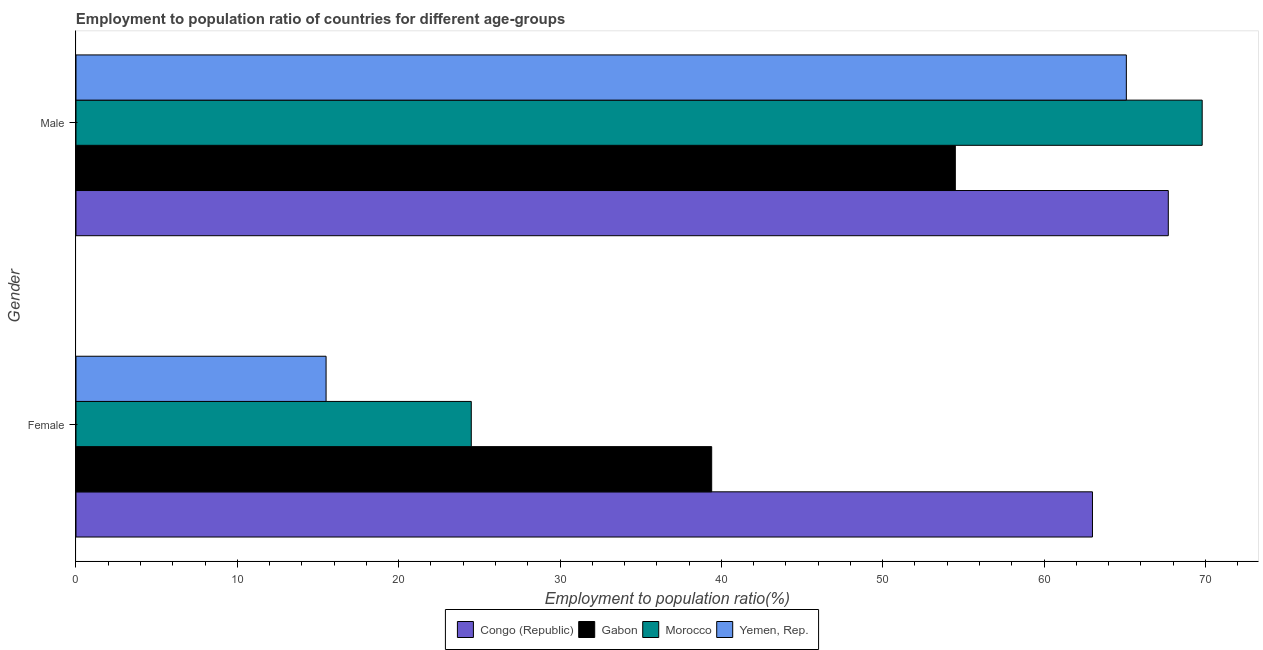
| Gender | Congo (Republic) | Gabon | Morocco | Yemen, Rep. |
 | --- | --- | --- | --- | --- |
 | Female | 63 | 39.4 | 24.5 | 15.5 |
 | Male | 67.7 | 54.5 | 69.8 | 65.1 |